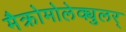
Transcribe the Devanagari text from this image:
मैक्रोमोलेक्युलर्